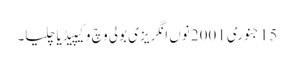
15 جنوری 2001 نوں انگریزی بولی وچ وکیپیڈیا چلیا۔